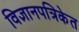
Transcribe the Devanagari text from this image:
विज्ञानपत्रिकेत